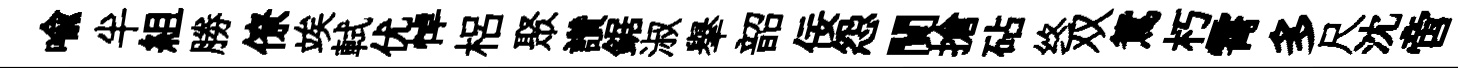
喩半組勝僚竢軾优悼梠聚讚鋸淑𦦙韶佞怨閴搶砧终双鴛朽霄多尺沈啻